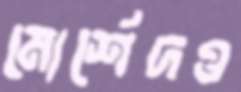
মোর্শেদও